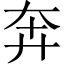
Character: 奔